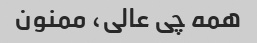
همه چی عالی، ممنون